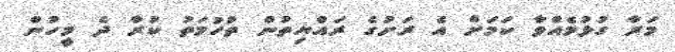
މަރާ ގުޅުމެއްވާ ކަމަށް އެ ރަށުގެ ރައްޔިތުން ތުހުމަތު ކުރާ ދެ މީހުން